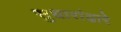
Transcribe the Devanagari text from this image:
सुधारांद्वारे